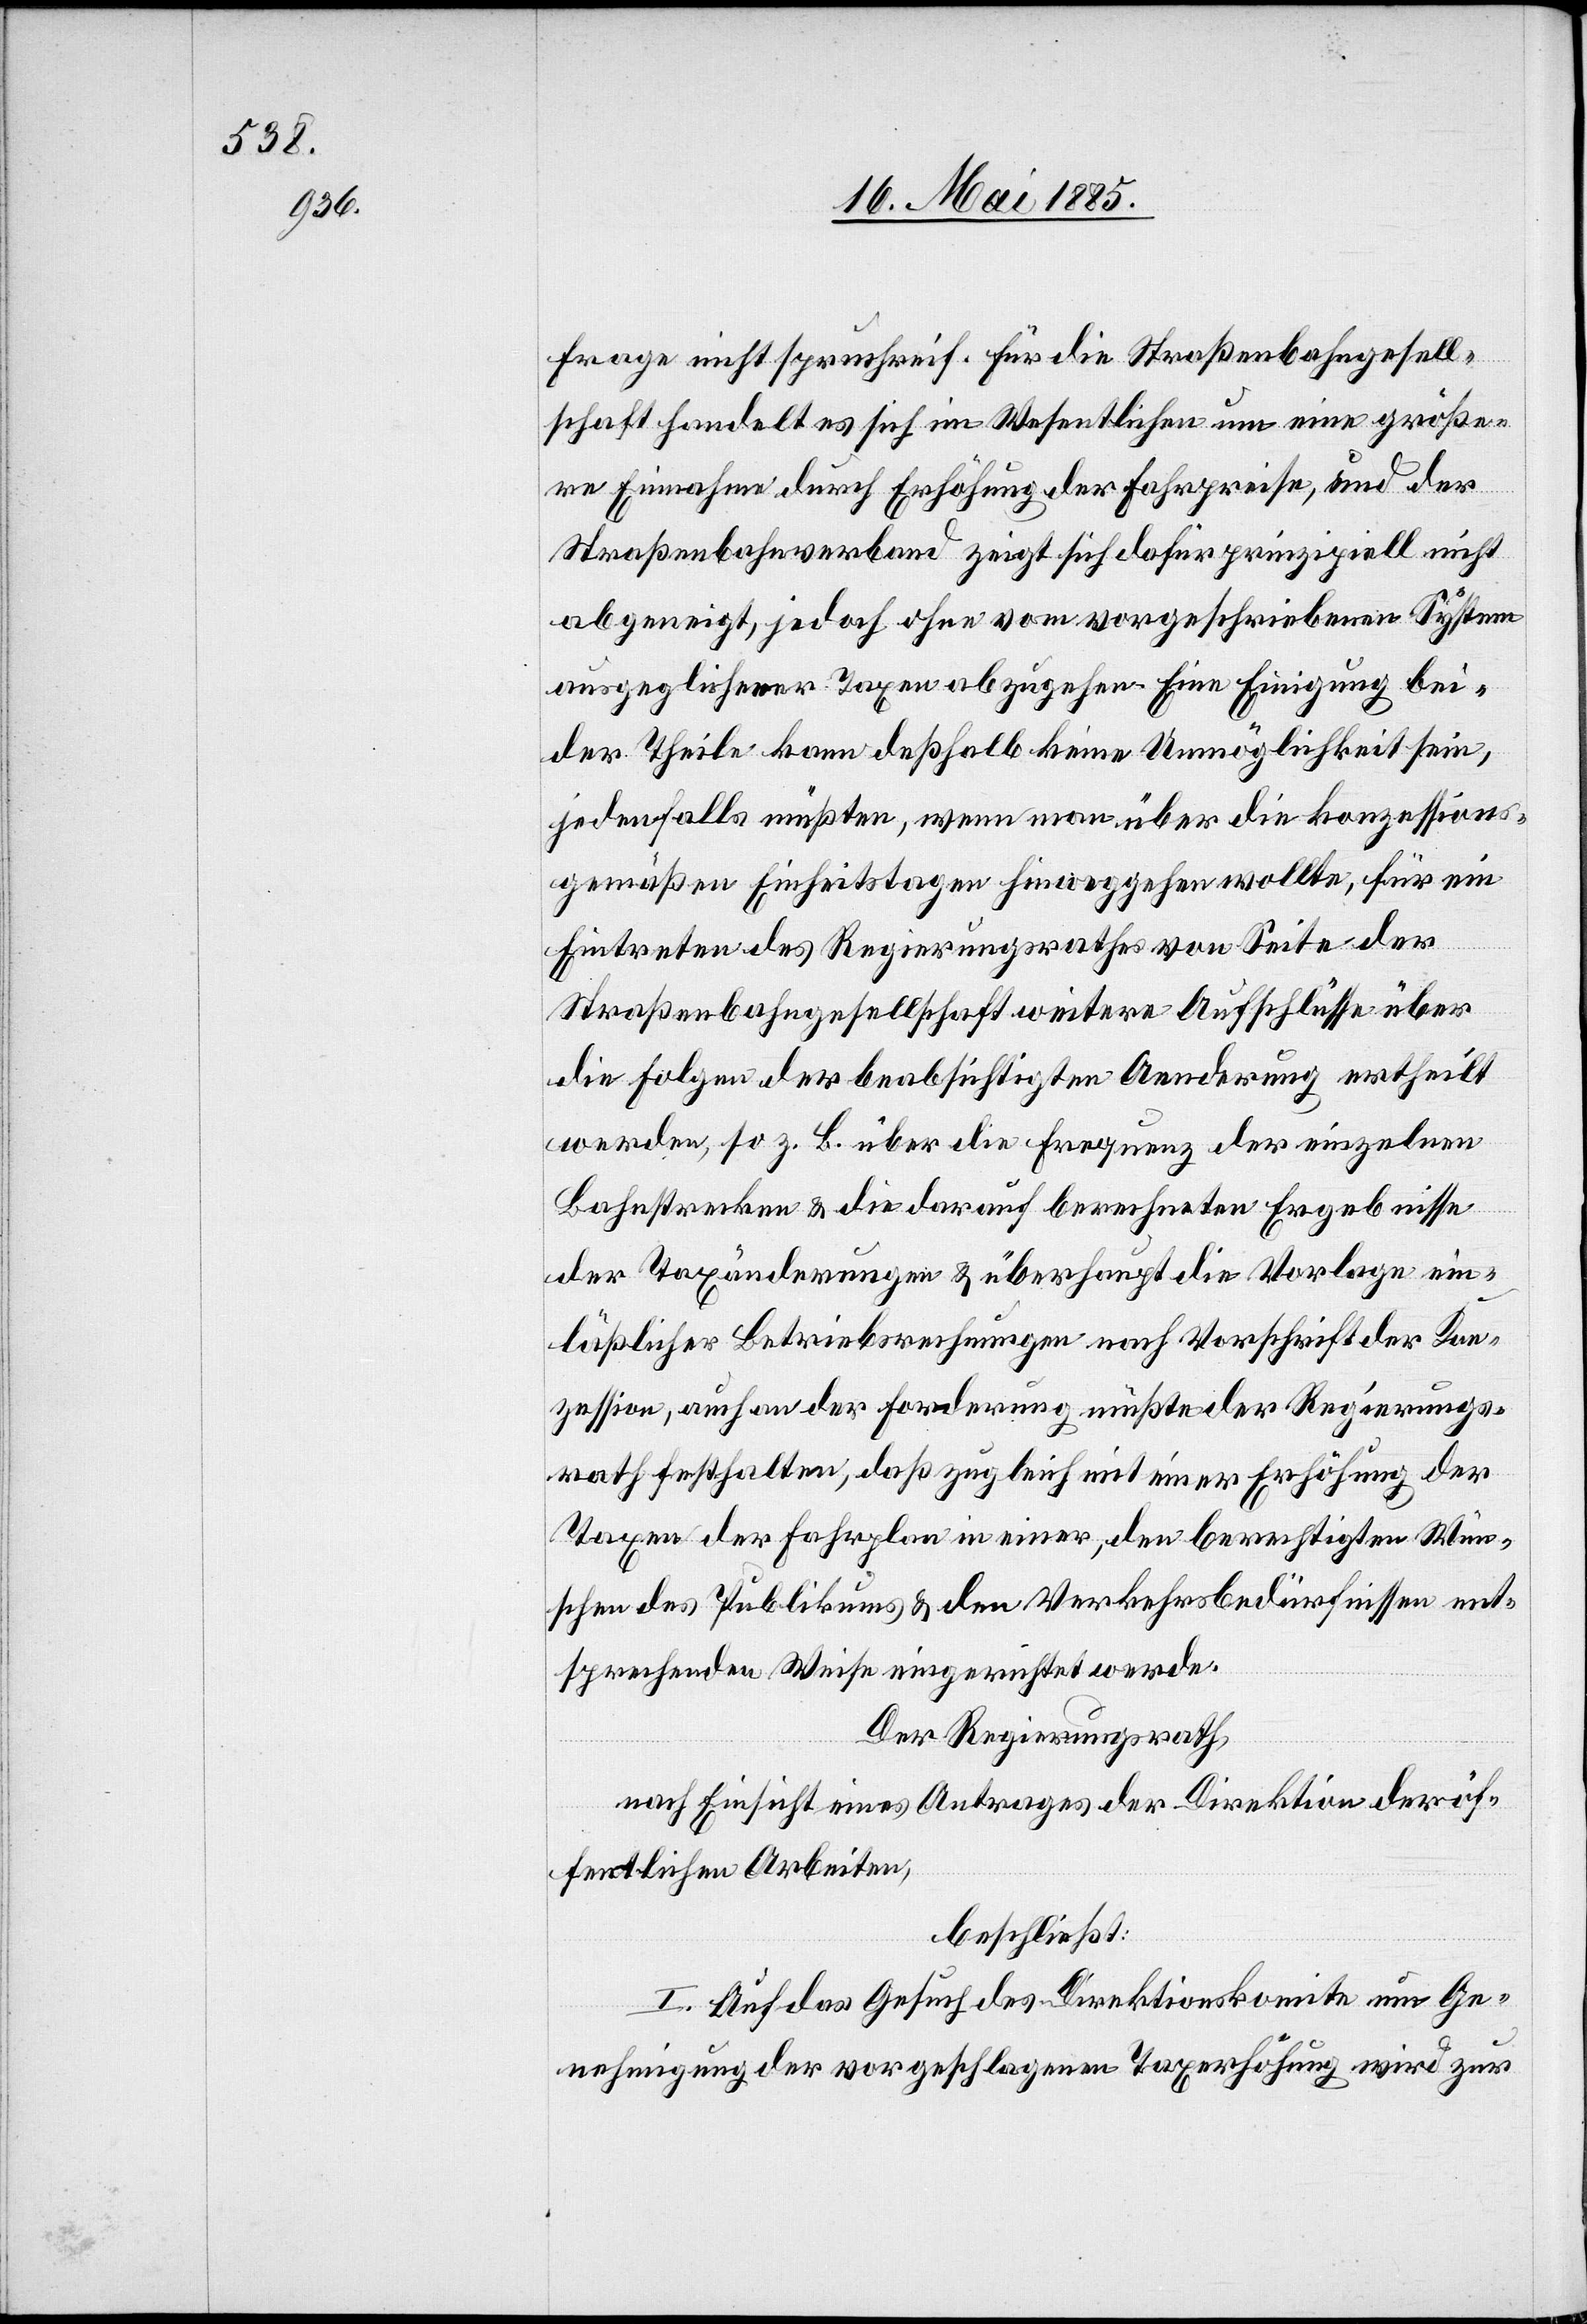
Frage nicht spruchreif. Für die Straßenbahngesell¬
schaft handelt es sich im Wesentlichen um eine größe¬
re Einnahme durch Erhöhung der Fahrpreise, und der
Straßenbahnverband zeigt sich dafür prinzipiell nicht
abgeneigt, jedoch ohne vom vorgeschriebenen System
ausgeglichener Taxen abzugehen. Eine Einigung bei¬
der Theile kann deßhalb keine Unmöglichkeit sein,
jedenfalls müßten, wenn man über die konzessions¬
gemäßen Einheitstaxen hinweggehen wollte, für ein
Eintreten des Regierungsrathes von Seite der
Straßenbahngesellschaft weitere Aufschlüsse über
die Folgen der beabsichtigten Aenderung ertheilt
werden, so z. B. über die Frequenz der einzelnen
Bahnstrecken & die darauf berechneten Ergebnisse
der Taxänderungen & überhaupt die Vorlage ein¬
läßlicher Betriebsrechnungen nach Vorschrift der Kon¬
zession, auch an der Forderung müßte der Regierungs¬
rath festhalten, daß zugleich mit einer Erhöhung der
Taxen der Fahrplan in einer, den berechtigten Wün¬
schen des Publikums & den Verkehrsbedürfnissen ent¬
sprechenden Weise eingerichtet werde.
Der Regierungsrath,
nach Einsicht eines Antrages der Direktion der öf¬
fentlichen Arbeiten,
beschließt:
I. Auf das Gesuch des Direktionskomite um Ge¬
nehmigung der vorgeschlagenen Taxerhöhung wird zur